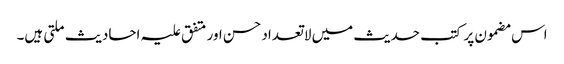
اس مضمون پر کتب حدیث میں لاتعداد حسن اور متفق علیہ احادیث ملتی ہیں۔